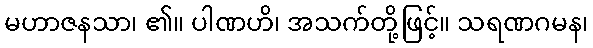
မဟာဇနသာ၊ ၏။ ပါဏဟိ၊ အသက်တို့ဖြင့်။ သရဏဂမန၊